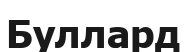
Буллард